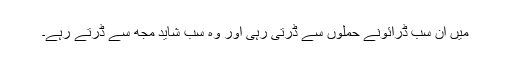
میں ان سب ڈرائونے حملوں سے ڈرتی رہی اور وہ سب شاید مجھ سے ڈرتے رہے۔